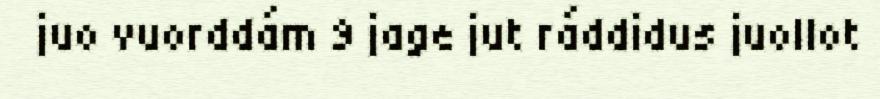
juo vuorddám 9 jage jut ráddidus juollot